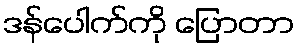
ဒန်ပေါက်ကို ပြောတာ